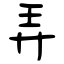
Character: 弄